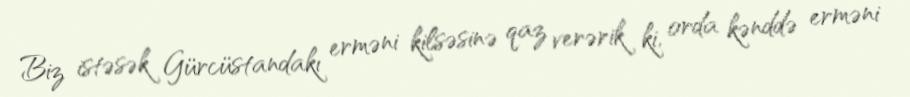
Biz istəsək Gürcüstandakı erməni kilsəsinə qaz verərik ki, orda kənddə erməni